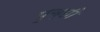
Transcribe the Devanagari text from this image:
पुच्छी